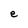
Character: e